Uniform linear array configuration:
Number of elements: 16
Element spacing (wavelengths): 0.5
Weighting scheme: exponential
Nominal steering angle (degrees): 30
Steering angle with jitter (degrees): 28.616
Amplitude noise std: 0.05
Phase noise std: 0.05

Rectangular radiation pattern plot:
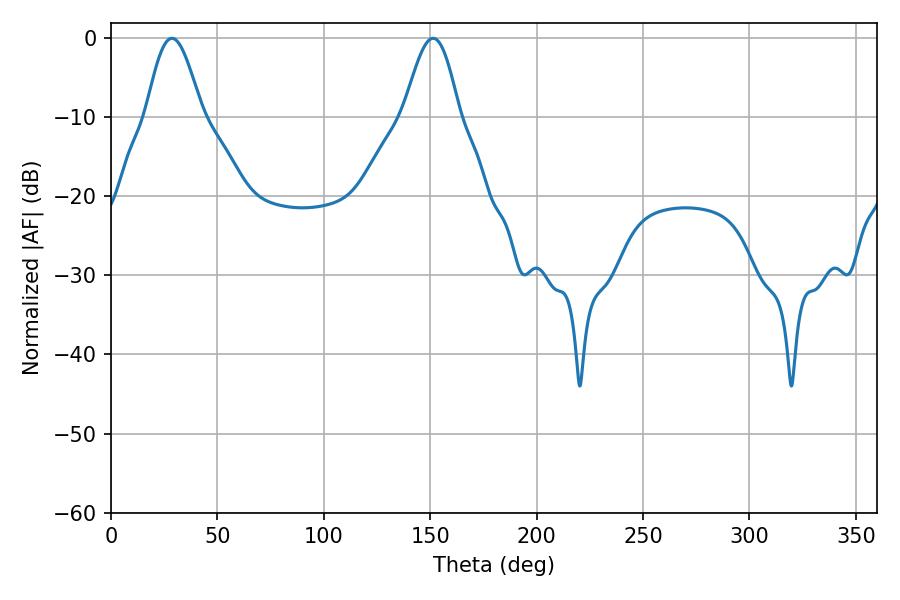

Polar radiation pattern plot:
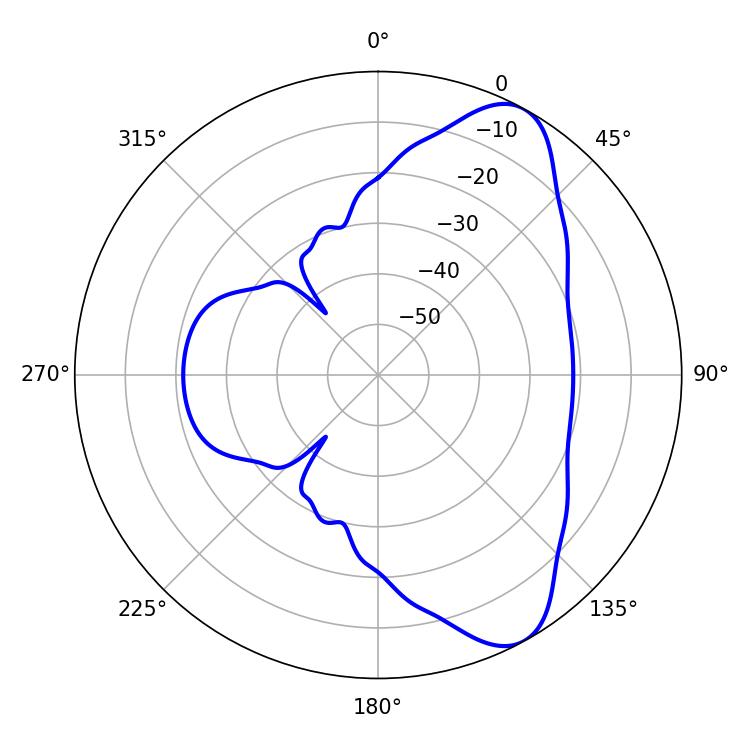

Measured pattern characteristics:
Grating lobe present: FALSE
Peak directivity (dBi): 8.399
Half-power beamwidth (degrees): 14.04
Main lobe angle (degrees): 28.62